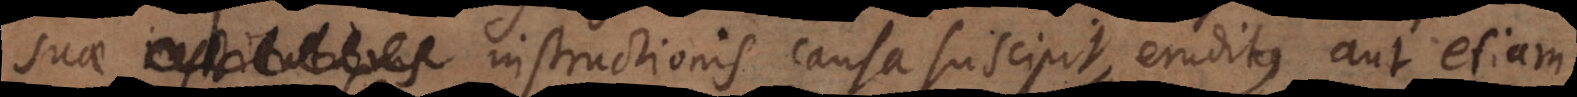
instructionis causa suscipit, eruditus aut etiam